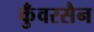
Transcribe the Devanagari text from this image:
कुँवरसैन